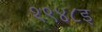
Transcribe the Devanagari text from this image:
१९४८इ